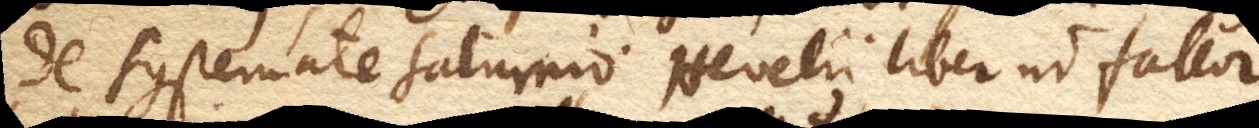
de Systemate Saturnio. Hevelii liber ni fallor